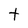
Character: t